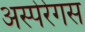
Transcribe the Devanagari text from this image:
अस्पेरेगस